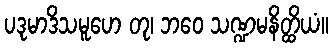
ပဒုမာဒိသမူဟေ တု၊ ဘဝေ သဏ္ဍမနိတ္ထိယံ။